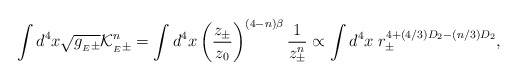
\begin{align*} \int d^4x \sqrt{g_{{}_E\pm}} {\cal K}_{{}_E\pm}^n =\int d^4x \left({z_\pm\over z_0}\right)^{ (4-n) \beta } {1\over z_\pm^{n}} \propto\int d^4x \; r_\pm^{4+(4 /3) D_2 - (n/3) D_2} ,\end{align*}